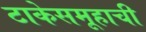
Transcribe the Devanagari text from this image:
टाकेसमूहाची